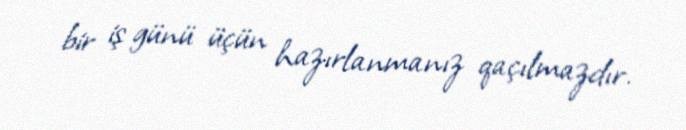
bir iş günü üçün hazırlanmanız qaçılmazdır.